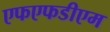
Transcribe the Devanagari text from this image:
एफएफडीएम